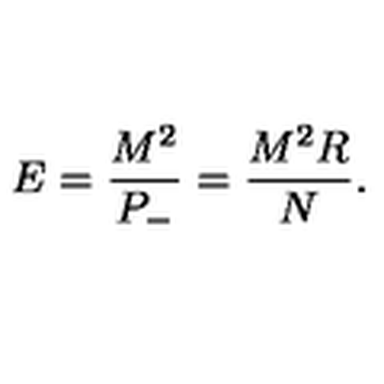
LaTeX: E = \frac { M ^ { 2 } } { P _ { - } } = \frac { M ^ { 2 } R } { N } .